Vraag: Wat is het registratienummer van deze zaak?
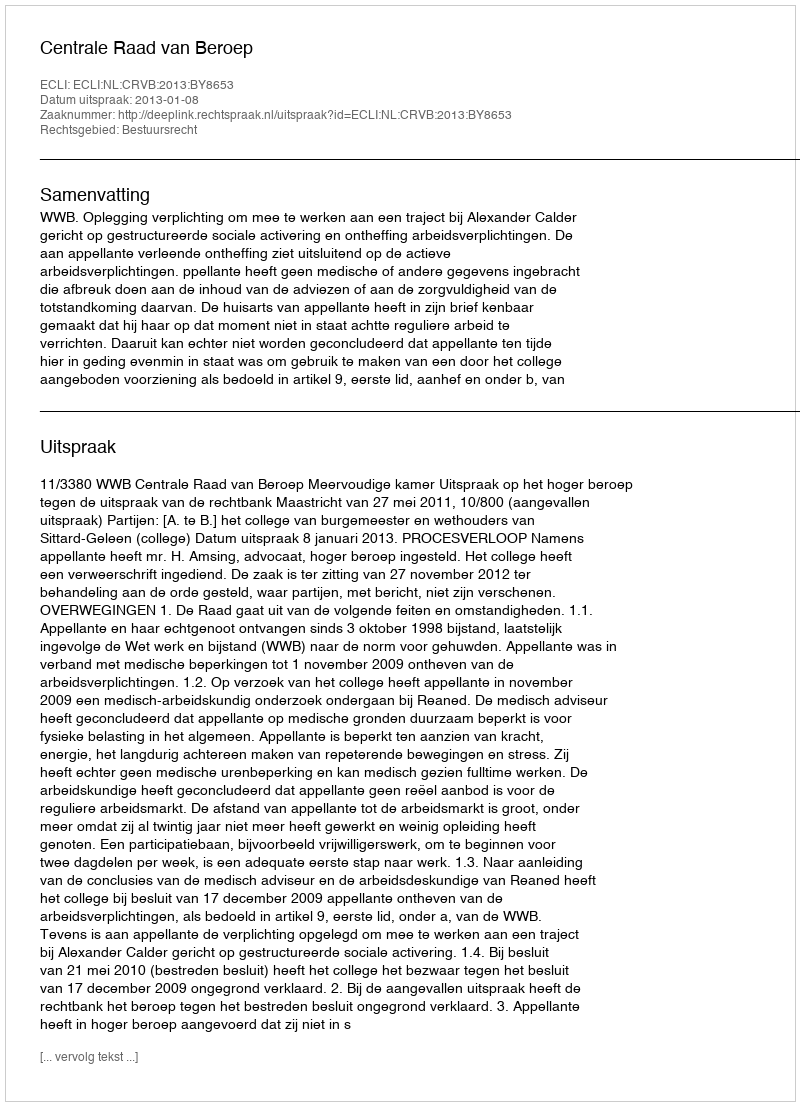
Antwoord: http://deeplink.rechtspraak.nl/uitspraak?id=ECLI:NL:CRVB:2013:BY8653